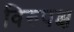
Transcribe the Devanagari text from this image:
विरुपक्ष